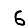
Digit: 6